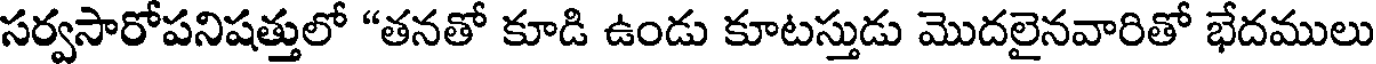
సర్వసారోపనిషత్తులో "తనతో కూడి ఉండు కూటస్తుడు మొదలైనవారితో భేదములు